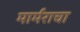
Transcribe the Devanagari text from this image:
मार्मराचा